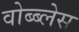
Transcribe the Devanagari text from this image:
वोब्ब्लेस